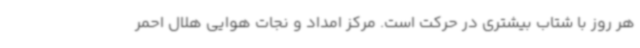
هر روز با شتاب بیشتری در حرکت است. مرکز امداد و نجات هوایی هلال احمر